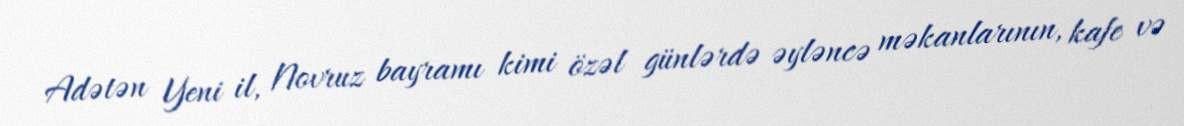
Adətən Yeni il, Novruz bayramı kimi özəl günlərdə əyləncə məkanlarının, kafe və